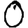
Digit: 0